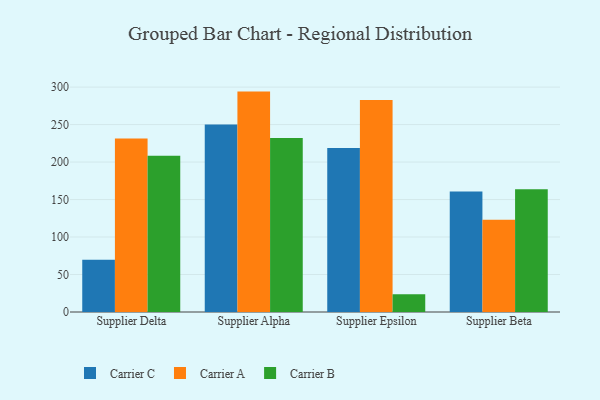
{"axis": {"x": "Supplier", "y": "Churn Rate (%)"}, "legend": ["Carrier A", "Carrier B", "Carrier C"], "data": [{"x": "Supplier Delta", "y": 69.7, "type": "Carrier C"}, {"x": "Supplier Delta", "y": 231.6, "type": "Carrier A"}, {"x": "Supplier Delta", "y": 208.5, "type": "Carrier B"}, {"x": "Supplier Alpha", "y": 250.1, "type": "Carrier C"}, {"x": "Supplier Alpha", "y": 294.0, "type": "Carrier A"}, {"x": "Supplier Alpha", "y": 232.1, "type": "Carrier B"}, {"x": "Supplier Epsilon", "y": 218.9, "type": "Carrier C"}, {"x": "Supplier Epsilon", "y": 282.8, "type": "Carrier A"}, {"x": "Supplier Epsilon", "y": 23.7, "type": "Carrier B"}, {"x": "Supplier Beta", "y": 160.7, "type": "Carrier C"}, {"x": "Supplier Beta", "y": 123.1, "type": "Carrier A"}, {"x": "Supplier Beta", "y": 163.6, "type": "Carrier B"}]}